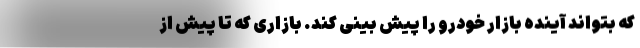
که بتواند آینده بازار خودرو را پیش بینی کند. بازاری که تا پیش از